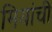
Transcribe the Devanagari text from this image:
मियांची